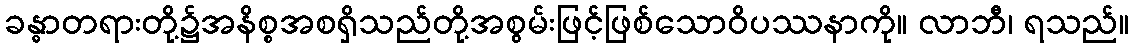
ခန္ဓာတရားတို့၌အနိစ္စအစရှိသည်တို့အစွမ်းဖြင့်ဖြစ်သောဝိပဿနာကို။ လာဘီ၊ ရသည်။